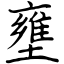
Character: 壅